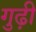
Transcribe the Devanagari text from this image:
गुढ़ी